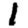
Digit: 1